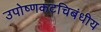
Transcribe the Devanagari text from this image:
उपोष्णकटचिबंधीय